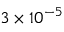
3 \times 1 0 ^ { - 5 }